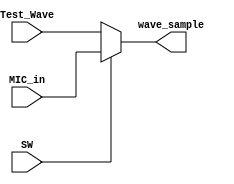
`timescale 1ns / 1ps
//////////////////////////////////////////////////////////////////////////////////
// Company: 
// Engineer: 
// 
// Design Name: 
// Module Name: Select_Waveform
// Project Name: 
// Target Devices: 
// Tool Versions: 
// Description: 
// 
// Dependencies: 
// 
// Revision:
// Revision 0.01 - File Created
// Additional Comments:
// 
//////////////////////////////////////////////////////////////////////////////////

module Select_Waveform(
    input SW,
    input [11:0] Test_Wave,
    input [11:0] MIC_in,
    output [11:0] wave_sample
    );
    
    assign wave_sample = SW ? MIC_in : Test_Wave;
endmodule